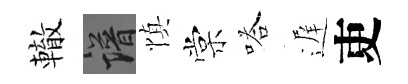
轍譜慎棠嗒遅吏